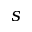
s